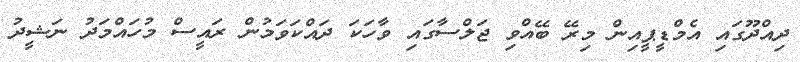
ދިއްދޫގައި އެމްޑީޕީއިން މިރޭ ބޭއްވި ޖަލްސާގައި ވާހަކަ ދައްކަވަމުން ރައީސް މުހައްމަދު ނަޝީދު